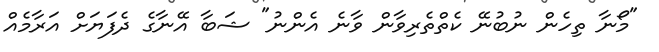
"މޯނާ ތިހެން ނުބުނޭ ކެތްތެރިވާން ވާނެ އެންނު" ޝަބާ އޭނާގެ ދެފަޔަށް އަރާމެއް